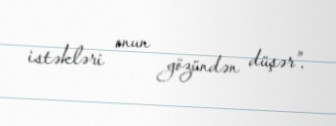
istəkləri onun gözündən düşər”.